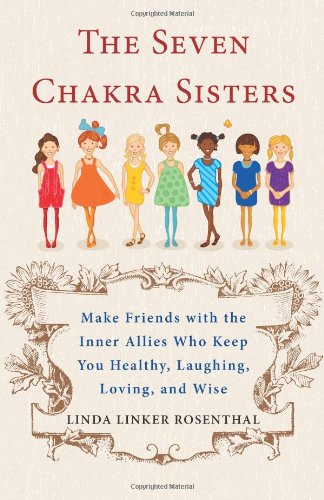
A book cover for The Seven Chakra Sisters: Make Friends with the Inner Allies Who Keep You Healthy, Laughing, Loving, and Wise; Linda Linker Rosenthal; Religion & Spirituality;